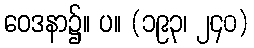
ဝေဒနာ၌။ ပ။ (၁၉၃၊ ၂၄၀)